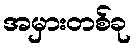
အမှားတစ်ခု